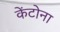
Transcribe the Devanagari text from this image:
केंटोना